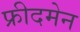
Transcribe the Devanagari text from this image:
फ्रीदमेन